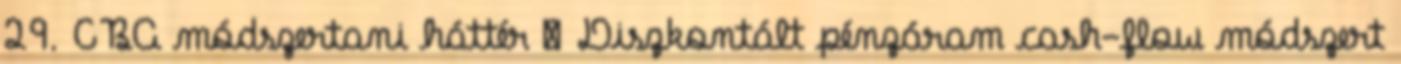
29. CBA módszertani háttér  Diszkontált pénzáram cash-flow módszert